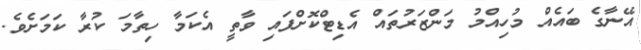
އޭނާގެ ބައެއް މުހިއްމު މަންޒަރުތައް އެޑިޓްކޮށްފައި ވާތީ އެކަމާ ހިތާމަ ކުރާ ކަމަށެވެ.